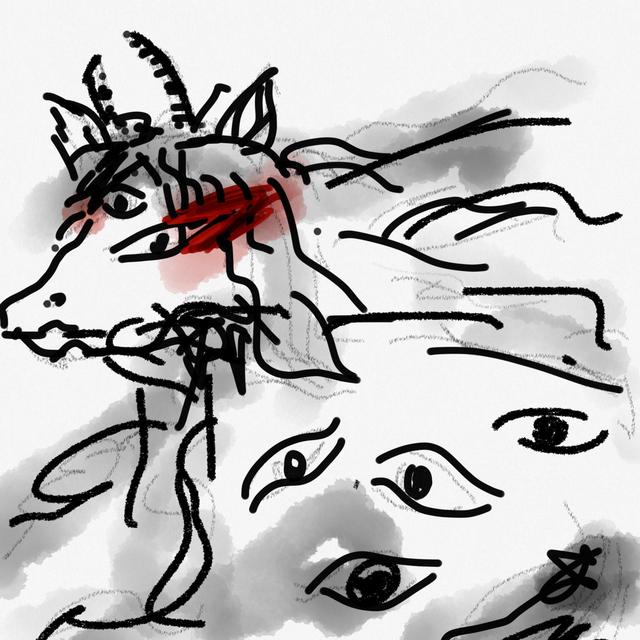
叹息聊自思，此生岂我情。